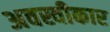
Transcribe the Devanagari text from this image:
अवस्वीकार